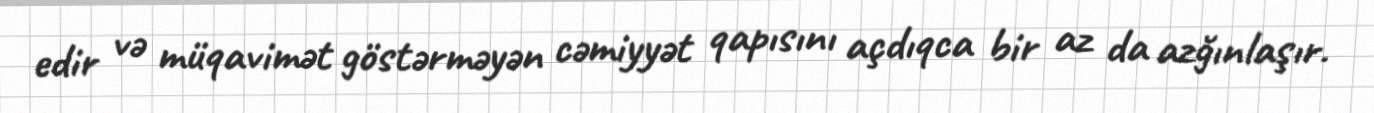
edir və müqavimət göstərməyən cəmiyyət qapısını açdıqca bir az da azğınlaşır.